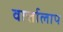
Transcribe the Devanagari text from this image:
वार्त्तालाप